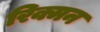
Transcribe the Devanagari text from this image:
रिक्मन